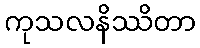
ကုသလနိဿိတာ